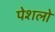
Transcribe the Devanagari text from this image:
पेशलो